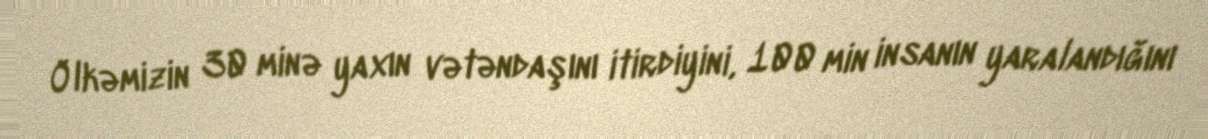
Ölkəmizin 30 minə yaxın vətəndaşını itirdiyini, 100 min insanın yaralandığını